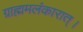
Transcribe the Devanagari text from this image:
ग्राह्ममलंकारात्।